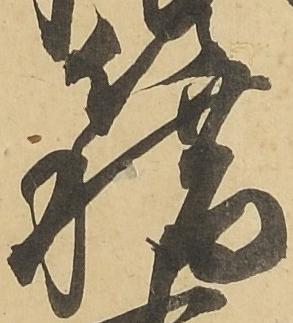
籍